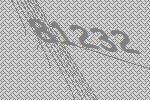
81232